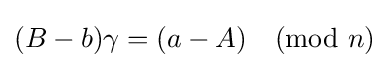
(B-b)\gamma =(a-A){\pmod {n}}